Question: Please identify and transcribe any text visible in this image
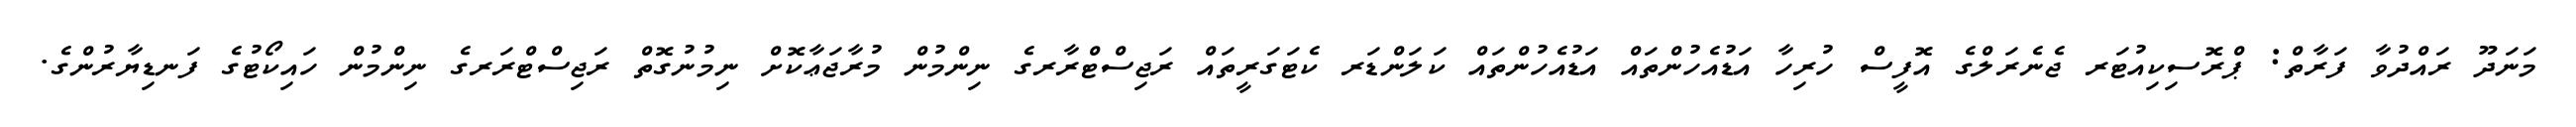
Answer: މަނަދޫ ރައްދުވާ ފަރާތް: ޕްރޮސިކިއުޓަރ ޖެނެރަލްގެ އޮފީސް ހުރިހާ އަޑުއެހުންތައް އަޑުއެހުންތައް ކަލަންޑަރ ކެޓަގަރީތައް ރަޖިސްޓްރާރގެ ނިންމުން މުރާޖަޢާކޮށް ނިމުނުގޮތް ރަޖިސްޓްރަރގެ ނިންމުން ހައިކޯޓުގެ ފަނޑިޔާރުންގެ.